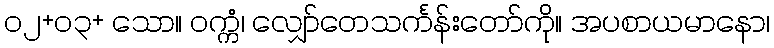
၀၂+၀၃+ သော။ ဝက္ကံ၊ လျှော်တေသင်္ကန်းတော်ကို။ အပစာယမာနော၊